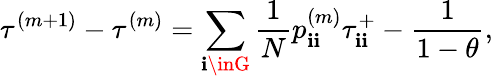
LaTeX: \tau^{(m+1)}-\tau^{(m)}=\sum_{\mathbf{i}\inG}\frac{{1}}{{N}}p_{\mathbf{i}\mathbf{i}}^{(m)}\tau_{\mathbf{i}\mathbf{i}}^{+}-\frac{{1}}{{1-\theta}},